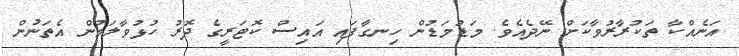
އަނެއްކާ ތަކުރާރުވާކަށް ނޭދެއެވެ. މަޑުމަޑުން ހިނގާފައި އައިސް ކޮޓަރީގެ ދޮރު ހުޅުވާލަމުން އެތަނުން